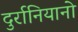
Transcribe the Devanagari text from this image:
दुर्रानियानो